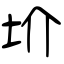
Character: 圿